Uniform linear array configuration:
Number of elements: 12
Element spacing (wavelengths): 0.75
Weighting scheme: cosine
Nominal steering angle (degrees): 45
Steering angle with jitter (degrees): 43.925
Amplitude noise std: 0.05
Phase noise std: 0.05

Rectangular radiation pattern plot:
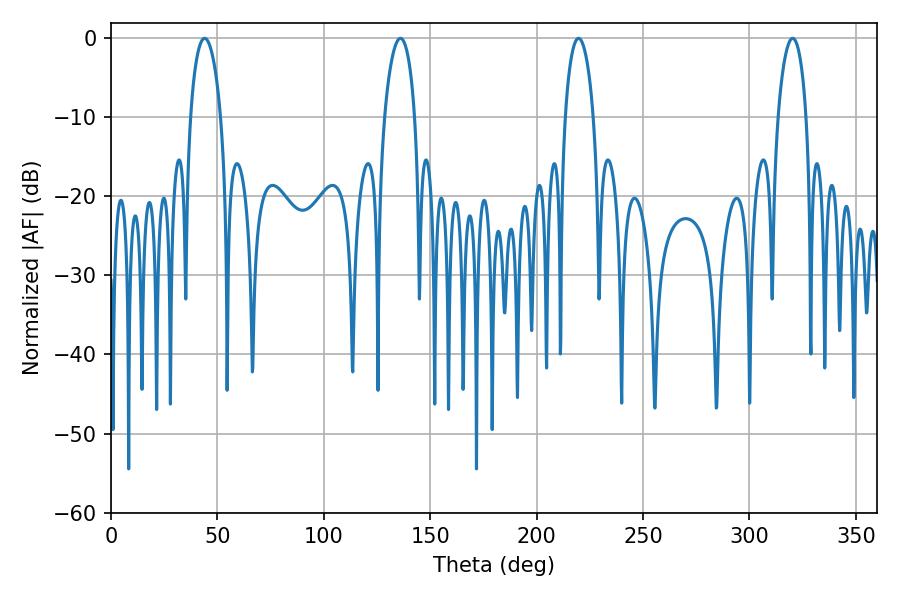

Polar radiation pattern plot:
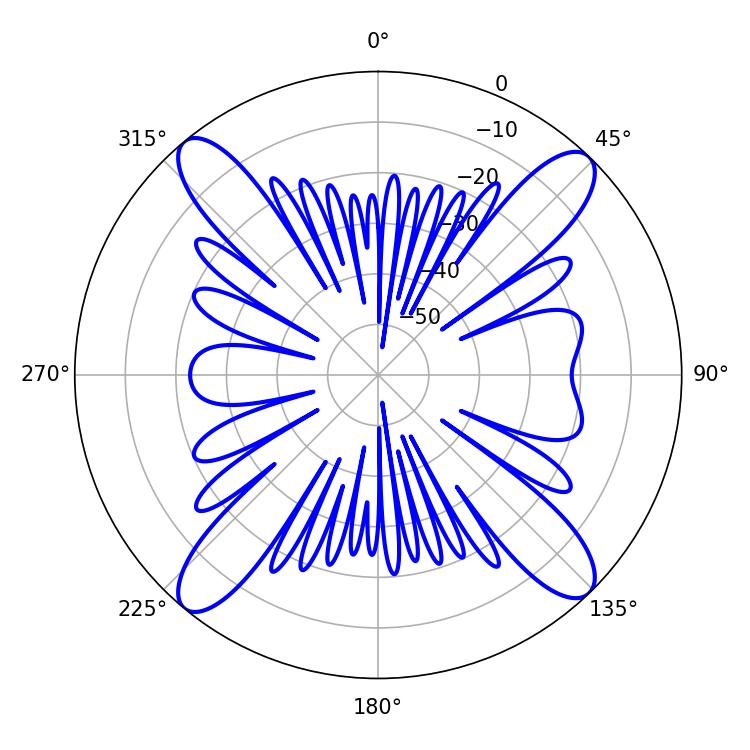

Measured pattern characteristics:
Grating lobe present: TRUE
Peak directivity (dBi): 17.731
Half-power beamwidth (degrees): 8.1
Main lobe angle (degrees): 43.92